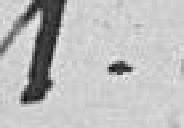
1°.